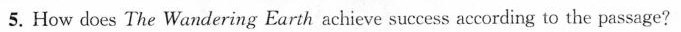
5.How does The Wandering Earth achieve success according to the passage?